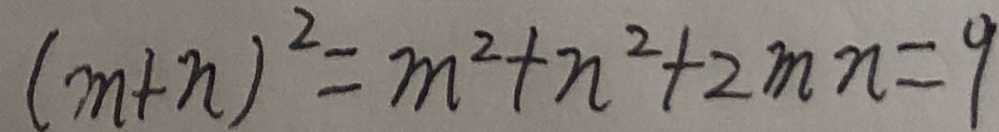
( m + n ) ^ { 2 } = m ^ { 2 } + n ^ { 2 } + 2 m n = 9